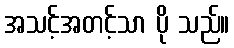
အသင့်အတင့်သာ ပို သည်။